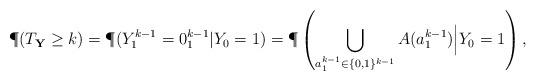
LaTeX: \begin{align*}\P(T_{\bf Y} \ge k) =\P(Y_1^{k-1}=0_1^{k-1}|Y_0=1)=\P\left(\bigcup_{a_{1}^{k-1}\in\{0,1\}^{k-1}} A(a_{1}^{k-1}) \Big| Y_0=1 \right),\end{align*}